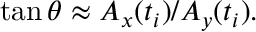
\tan \theta \approx A _ { x } ( t _ { i } ) / A _ { y } ( t _ { i } ) .